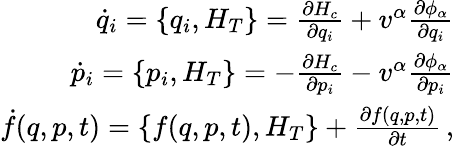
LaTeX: \begin{array}{r}{\dot{q}_{i}=\{ q_{i},H_{T}\} =\frac{\partial H_{c}}{\partial q_{i}}+v^{\alpha}\frac{\partial\phi_{\alpha}}{\partial q_{i}}}\\ {\dot{p}_{i}=\{ p_{i},H_{T}\} =-\frac{\partial H_{c}}{\partial p_{i}}-v^{\alpha}\frac{\partial\phi_{\alpha}}{\partial p_{i}}}\\ {\dot{f}(q,p,t)=\{ f(q,p,t),H_{T}\} +\frac{\partial f(q,p,t)}{\partial t}\, ,}\end{array}